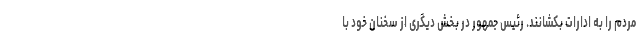
مردم را به ادارات بکشانند. رئیس جمهور در بخش دیگری از سخنان خود با